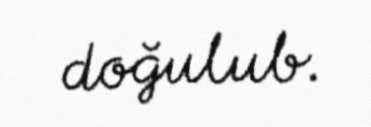
doğulub.